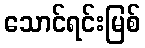
သောင်ရင်းမြစ်